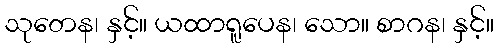
သုတေန၊ နှင့်။ ယထာရူပေန၊ သော။ စာဂန၊ နှင့်။